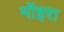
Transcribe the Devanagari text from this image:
मॉइरा